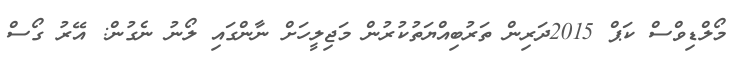
މޯލްޑިވްސް ކަޕް 2015ދަރިން ތަރުބިއްޔަތުކުރުން މަޖިލީހަށް ނާންގައި ލޯނު ނެގުން: އޭރު ގޯސް